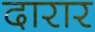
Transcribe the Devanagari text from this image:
दारार